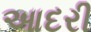
આદરી